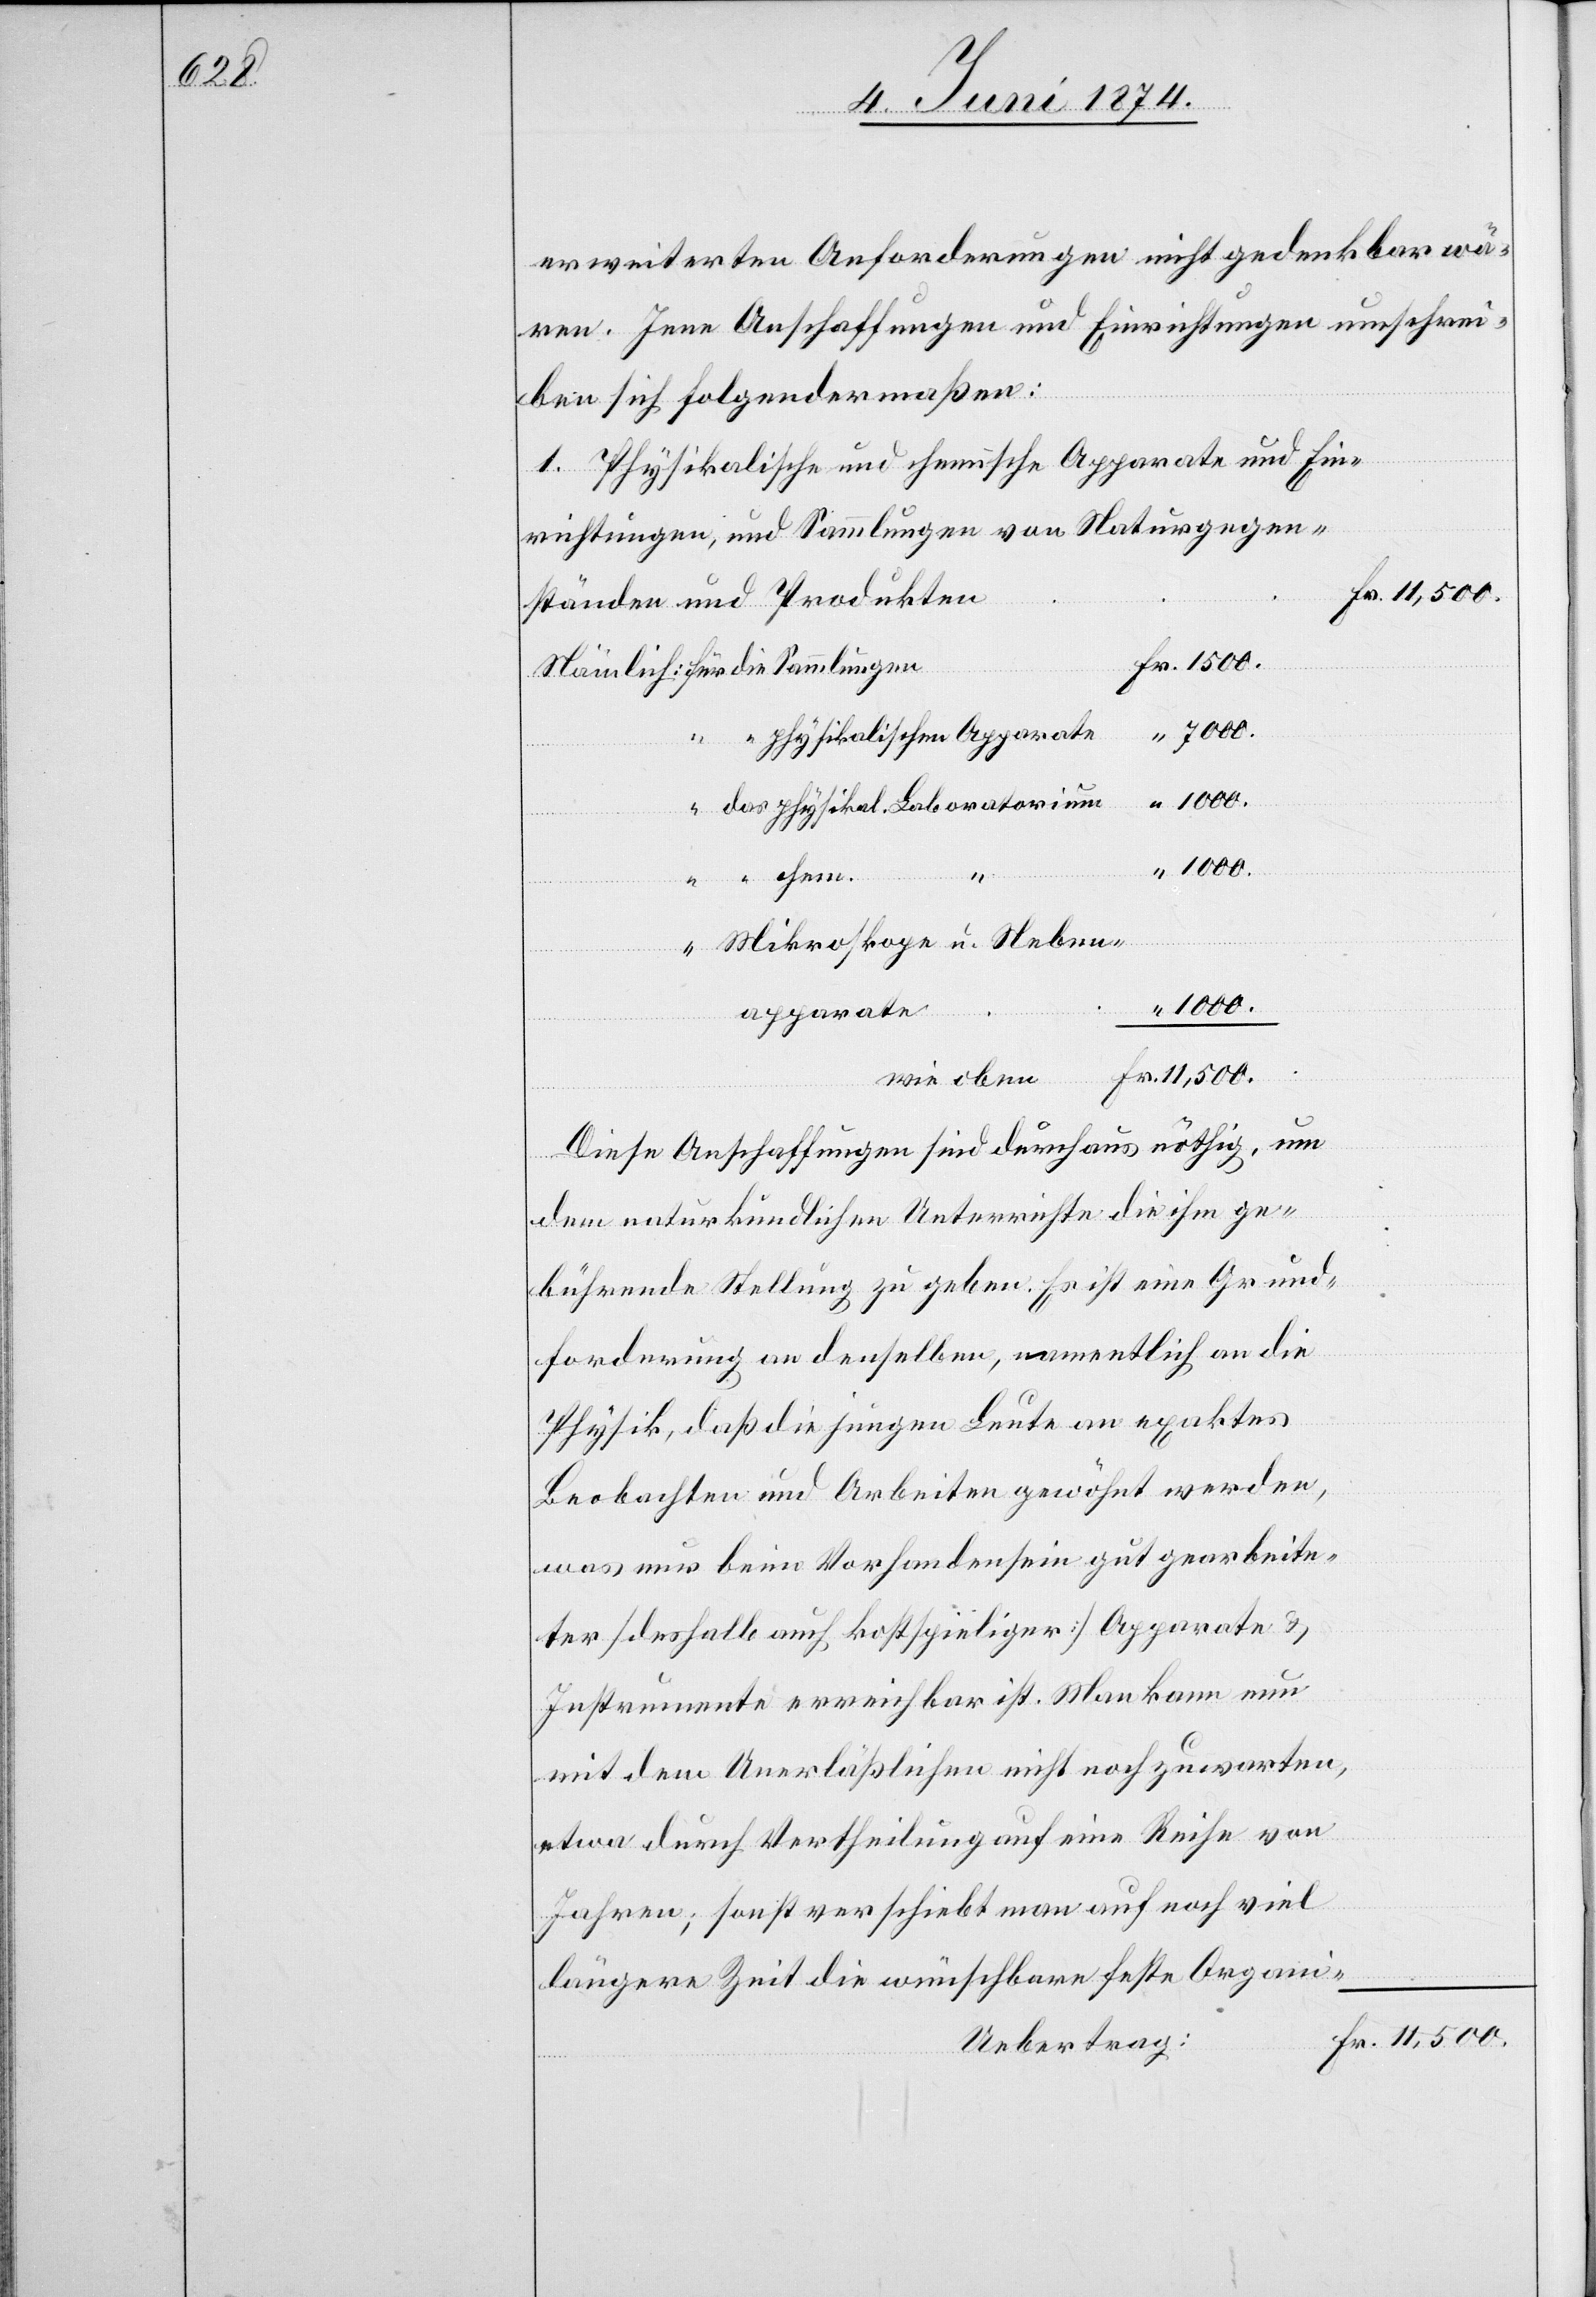
erweiterten Anforderungen nicht gedenkbar wä¬
ren. Jene Anschaffungen und Einrichtungen umschrei¬
ben sich folgendermaßen:
1. Physikalische und chemische Apparate und Ein¬
richtungen, und Sammlungen von Naturgegen¬
11,500.
ständen und Produkten.
7000.
die
Fr.
1000.
“
Mikros-kope u. Neben-a¬
pparate
wie oben
Diese Anschaffungen sind durchaus nöthig, um
dem naturkundlichen Unterrichte die ihm ge¬
bührende Stellung zu geben. Es ist eine Grund¬
forderung an denselben, namentlich an die
Physik, daß die jungen Leute an exaktes
Beobachten und Arbeiten gewöhnt werden,
was nur beim Vorhandensein gut gearbeite¬
ter [deshalb auch kostspieliger] Apparate u.
Instrumente erreichbar ist. Man kann nun
mit dem Unerläßlichen nicht noch zuwarten,
etwa durch Vertheilung auf eine Reihe von
Jahren; sonst verschiebt man auf noch viel
längere Zeit die wünschbare feste Organi-